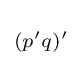
\scriptstyle {(p'q)'\,}\!